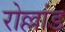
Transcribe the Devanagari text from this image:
रोल्लांड